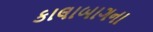
કાલાબાગના